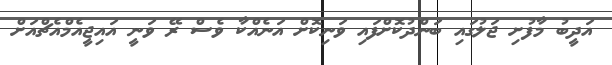
އަދީބު މާފުށި ޖަލުގައި ބަންދުކޮށްފައި ވަނިކޮށް އަނެއްކާ ވެސް ރޭ ވަނީ އައިޖީއެމްއެޗްއަށް